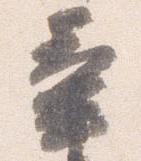
辛